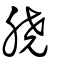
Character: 膮